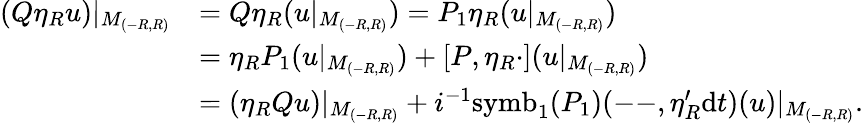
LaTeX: \begin{array}{rl}{(Q\eta_{R}u)|_{M_{(-R,R)}}}&{=Q\eta_{R}(u|_{M_{(-R,R)}})=P_{1}\eta_{R}(u|_{M_{(-R,R)}})}\\ &{=\eta_{R}P_{1}(u|_{M_{(-R,R)}})+[P,\eta_{R}\cdot](u|_{M_{(-R,R)}})}\\ &{=(\eta_{R}Qu)|_{M_{(-R,R)}}+i^{-1}\mathrm{symb}_{1}(P_{1})(\mathrm{--},\eta_{R}^{\prime}\mathrm{d}t)(u)|_{M_{(-R,R)}}.}\end{array}